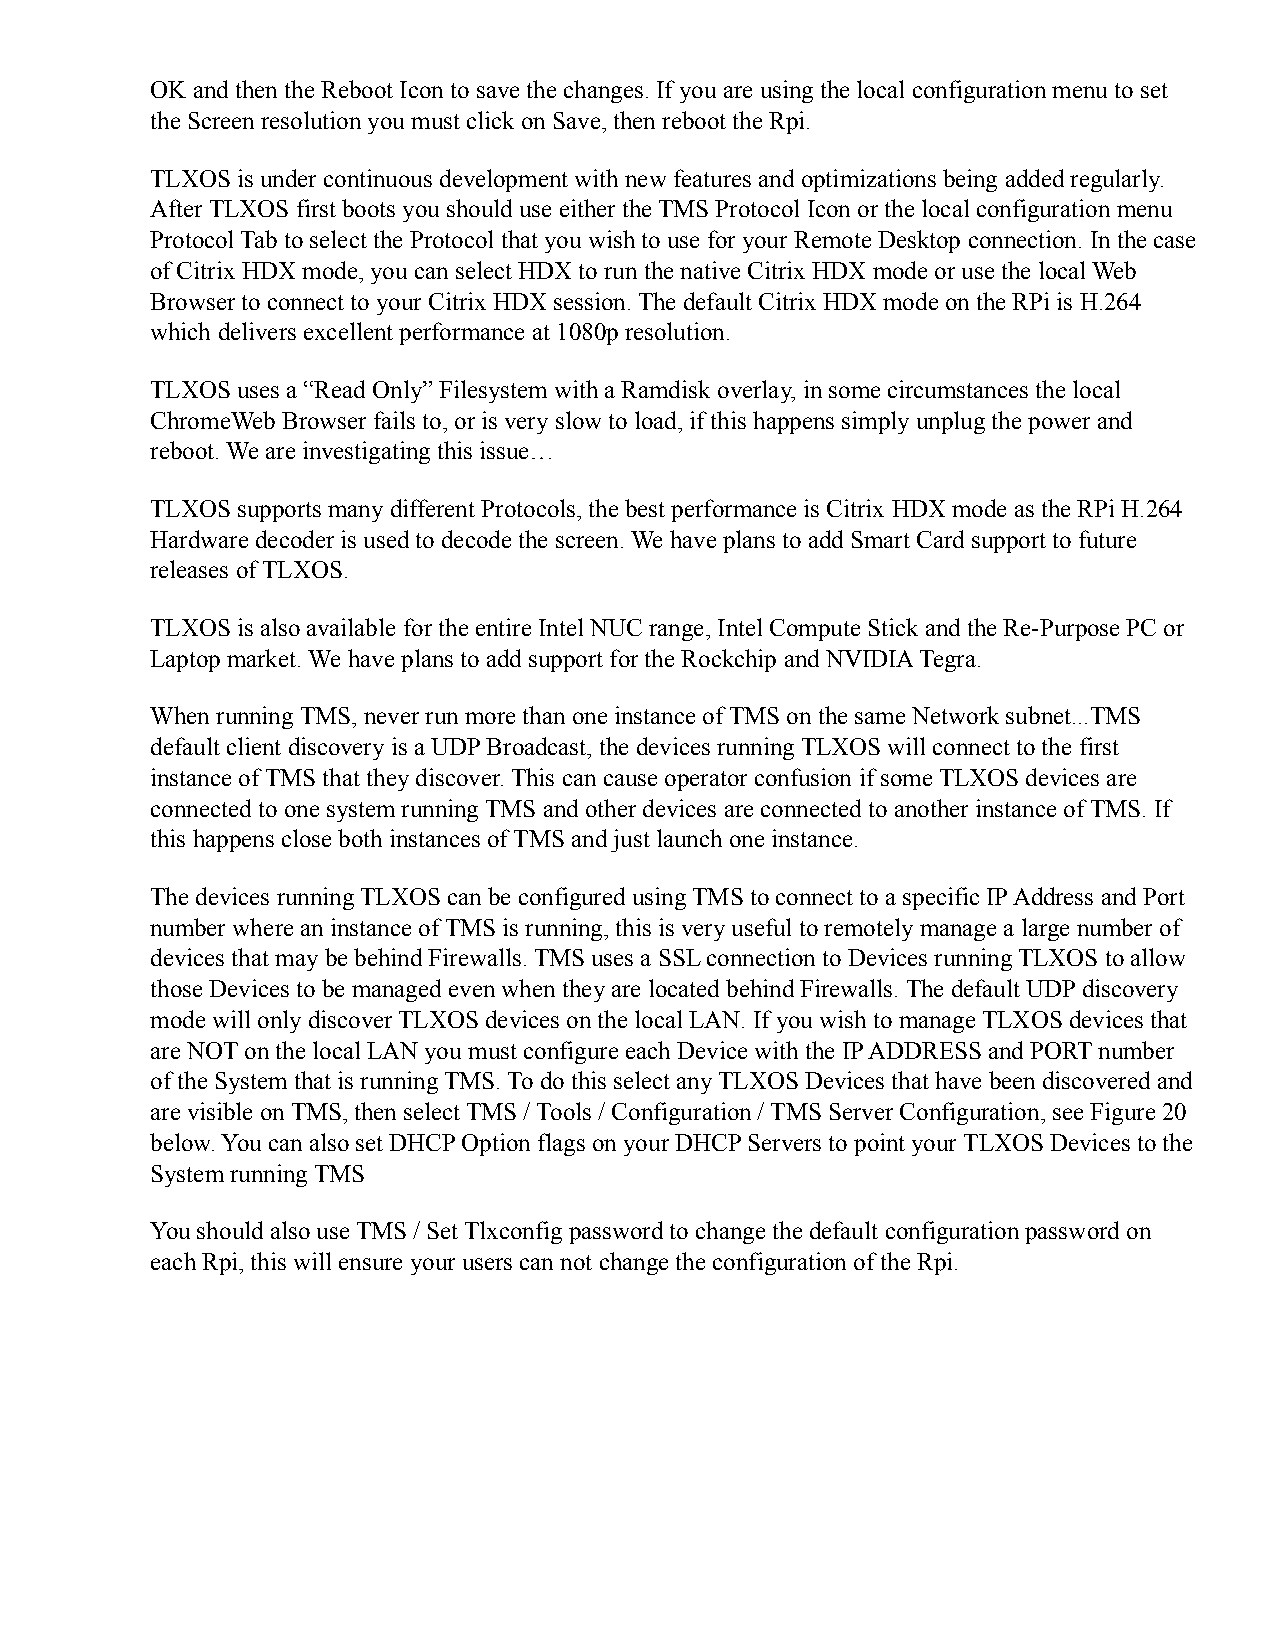
OK and then the Reboot Icon to save the changes. If you are using the local configuration menu to set
 the Screen resolution you must click on Save, then reboot the Rpi.
 TLXOS is under continuous development with new features and optimizations being added regularly.
 After TLXOS first boots you should use either the TMS Protocol Icon or the local configuration menu
 Protocol Tab to select the Protocol that you wish to use for your Remote Desktop connection. In the case
 of Citrix HDX mode, you can select HDX to run the native Citrix HDX mode or use the local Web
 Browser to connect to your Citrix HDX session. The default Citrix HDX mode on the RPi is H.264
 which delivers excellent performance at 1080p resolution.
 TLXOS uses a “Read Only” Filesystem with a Ramdisk overlay, in some circumstances the local
 ChromeWeb Browser fails to, or is very slow to load, if this happens simply unplug the power and
 reboot. We are investigating this issue…
 TLXOS supports many different Protocols, the best performance is Citrix HDX mode as the RPi H.264
 Hardware decoder is used to decode the screen. We have plans to add Smart Card support to future
 releases of TLXOS.
 TLXOS is also available for the entire Intel NUC range, Intel Compute Stick and the Re-Purpose PC or
 Laptop market. We have plans to add support for the Rockchip and NVIDIA Tegra.
 When running TMS, never run more than one instance of TMS on the same Network subnet...TMS
 default client discovery is a UDP Broadcast, the devices running TLXOS will connect to the first
 instance of TMS that they discover. This can cause operator confusion if some TLXOS devices are
 connected to one system running TMS and other devices are connected to another instance of TMS. If
 this happens close both instances of TMS and just launch one instance.
 The devices running TLXOS can be configured using TMS to connect to a specific IP Address and Port
 number where an instance of TMS is running, this is very useful to remotely manage a large number of
 devices that may be behind Firewalls. TMS uses a SSL connection to Devices running TLXOS to allow
 those Devices to be managed even when they are located behind Firewalls. The default UDP discovery
 mode will only discover TLXOS devices on the local LAN. If you wish to manage TLXOS devices that
 are NOT on the local LAN you must configure each Device with the IP ADDRESS and PORT number
 of the System that is running TMS. To do this select any TLXOS Devices that have been discovered and
 are visible on TMS, then select TMS / Tools / Configuration / TMS Server Configuration, see Figure 20
 below. You can also set DHCP Option flags on your DHCP Servers to point your TLXOS Devices to the
 System running TMS
 You should also use TMS / Set Tlxconfig password to change the default configuration password on
 each Rpi, this will ensure your users can not change the configuration of the Rpi.